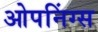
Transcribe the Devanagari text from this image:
ओपनिंग्स